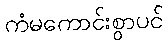
ကံမကောင်းစွာပင်